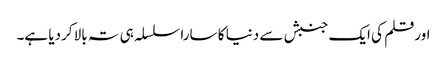
اورقلم کی ایک جنبش سے دنیا کا سارا سلسلہ ہی تہ بالا کردیا ہے۔